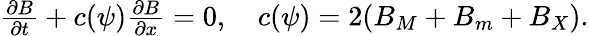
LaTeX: \begin{array}{r}{\frac{\partial B}{\partial t}+c(\psi)\frac{\partial B}{\partial x}=0,\quad c(\psi)=2(B_{M}+B_{m}+B_{X}).}\end{array}